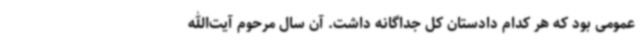
عمومی بود که هر کدام دادستان کل جداگانه داشت. آن سال مرحوم آیت‌الله